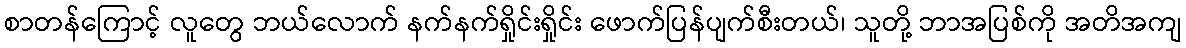
စာတန်ကြောင့် လူတွေ ဘယ်လောက် နက်နက်ရှိုင်းရှိုင်း ဖောက်ပြန်ပျက်စီးတယ်၊ သူတို့ ဘာအပြစ်ကို အတိအကျ